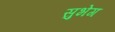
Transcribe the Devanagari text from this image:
सुभेग